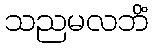
သညမလဘိံ